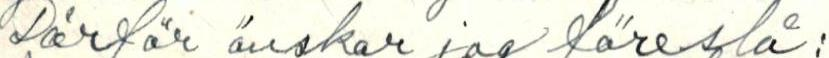
Därför önskar jag föreslå: